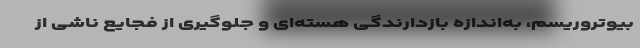
بیوتروریسم، به‌اندازه بازدارندگی هسته‌ای و جلوگیری از فجایع ناشی از